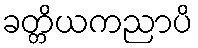
ခတ္တိယကညာပိ